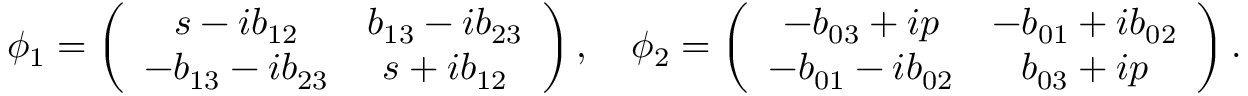
\phi _ { 1 } = \left( \begin{array} { c c } { { s - i b _ { 1 2 } } } & { { b _ { 1 3 } - i b _ { 2 3 } } } \\ { { - b _ { 1 3 } - i b _ { 2 3 } } } & { { s + i b _ { 1 2 } } } \end{array} \right) , \quad \phi _ { 2 } = \left( \begin{array} { c c } { { - b _ { 0 3 } + i p } } & { { - b _ { 0 1 } + i b _ { 0 2 } } } \\ { { - b _ { 0 1 } - i b _ { 0 2 } } } & { { b _ { 0 3 } + i p } } \end{array} \right) .